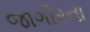
જાગીરના